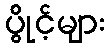
ပွိုင့်များ